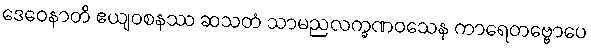
ဒေဝေနာတိ ဧယျဝစနဿ ဆသတံ သာမညလက္ခဏဝသေန ကာရေတဗ္ဗောပေ